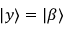
| y \rangle = | \beta \rangle